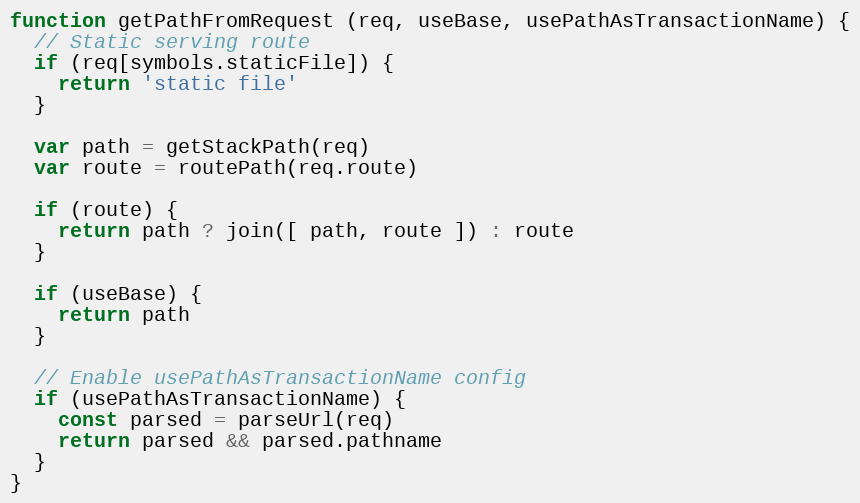
Language: JavaScript
function getPathFromRequest (req, useBase, usePathAsTransactionName) {
  // Static serving route
  if (req[symbols.staticFile]) {
    return 'static file'
  }

  var path = getStackPath(req)
  var route = routePath(req.route)

  if (route) {
    return path ? join([ path, route ]) : route
  }

  if (useBase) {
    return path
  }

  // Enable usePathAsTransactionName config
  if (usePathAsTransactionName) {
    const parsed = parseUrl(req)
    return parsed && parsed.pathname
  }
}